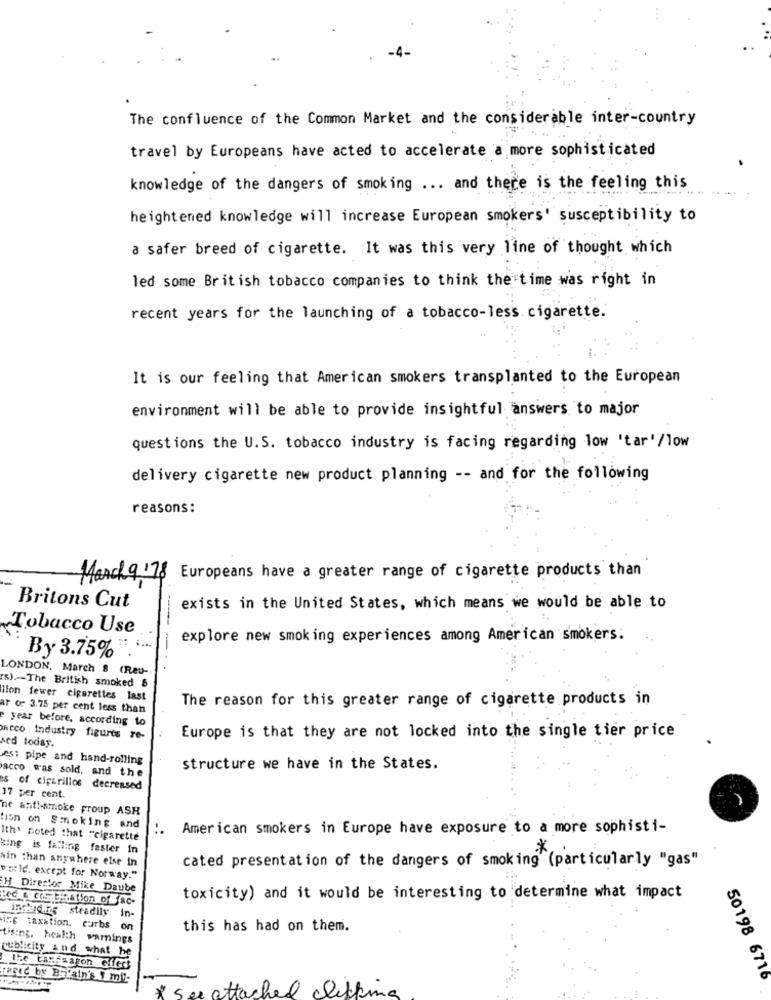
The confluence of the Common Market and the considerable inter-country
travel by Europeans have acted to accelerate a more sophisticated
knowledge of the dangers of smoking ... and there is the feeling this
.. .. .
heightened knowledge will increase European smokers' susceptibility to
a safer breed of cigarette. It was this very line of thought which
led some British tobacco companies to think the time was right in
recent years for the launching of a tobacco-less. cigarette.
It is our feeling that American smokers transplanted to the European
environment will be able to provide insightful answers to major
questions the U.S. tobacco industry is facing regarding low 'tar'/low
delivery cigarette new product planning -- and for the following
reasons:
Mancha'78 Europeans have a greater range of cigarette products than
Britons Cut
exists in the United States, which means we would be able to
Tobacco Use
explore new smoking experiences among American smokers.
By 3.75%
LONDON. March 8 (Reu-
rs) -The British smoked &
lion fewer cigarettes last
The reason for this greater range of cigarette products in
ar of 3.75 per cent less than
year before, according to
Europe is that they are not locked into the single tier price
ncco Industry figures re-
sed today.
es: pipe and hand-rolling
acco was sold, and the
structure we have in the States.
es of cigarillos decreased
17 per cent.
ne anti-smoke proup ASH
tion on Smoking and
American smokers in Europe have exposure to a more sophisti-
Ith' noted that "cigarette
king is falling faster in
ain than anywhere else in
cated presentation of the dangers of smoking" (particularly "gas"
world. except for Norway."
SH Director Mike Daube
Lec . com Ination of fac-
toxicity) and it would be interesting to determine what impact
including steadily in-
ing taxation. curbs on
this has had on them.
tising, health warnings
publicity and what he
the tanfsagon effect
50198 6716
& clifting